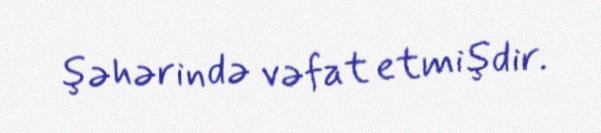
şəhərində vəfat etmişdir.